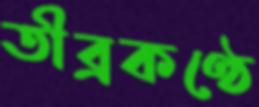
তীব্রকণ্ঠে